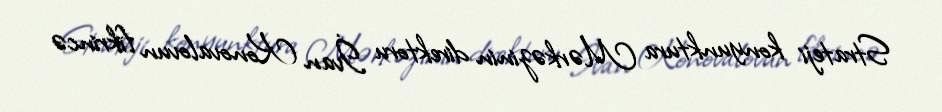
Strateji konyunktura Mərkəzinin direktoru İvan Konovalovun fikrincə